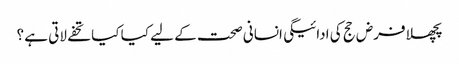
پچھلا فرض حج کی ادائیگی انسانی صحت کے لیے کیا کیا تحفے لاتی ہے ؟